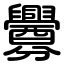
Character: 釁